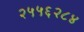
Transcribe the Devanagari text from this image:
२५५६२८४